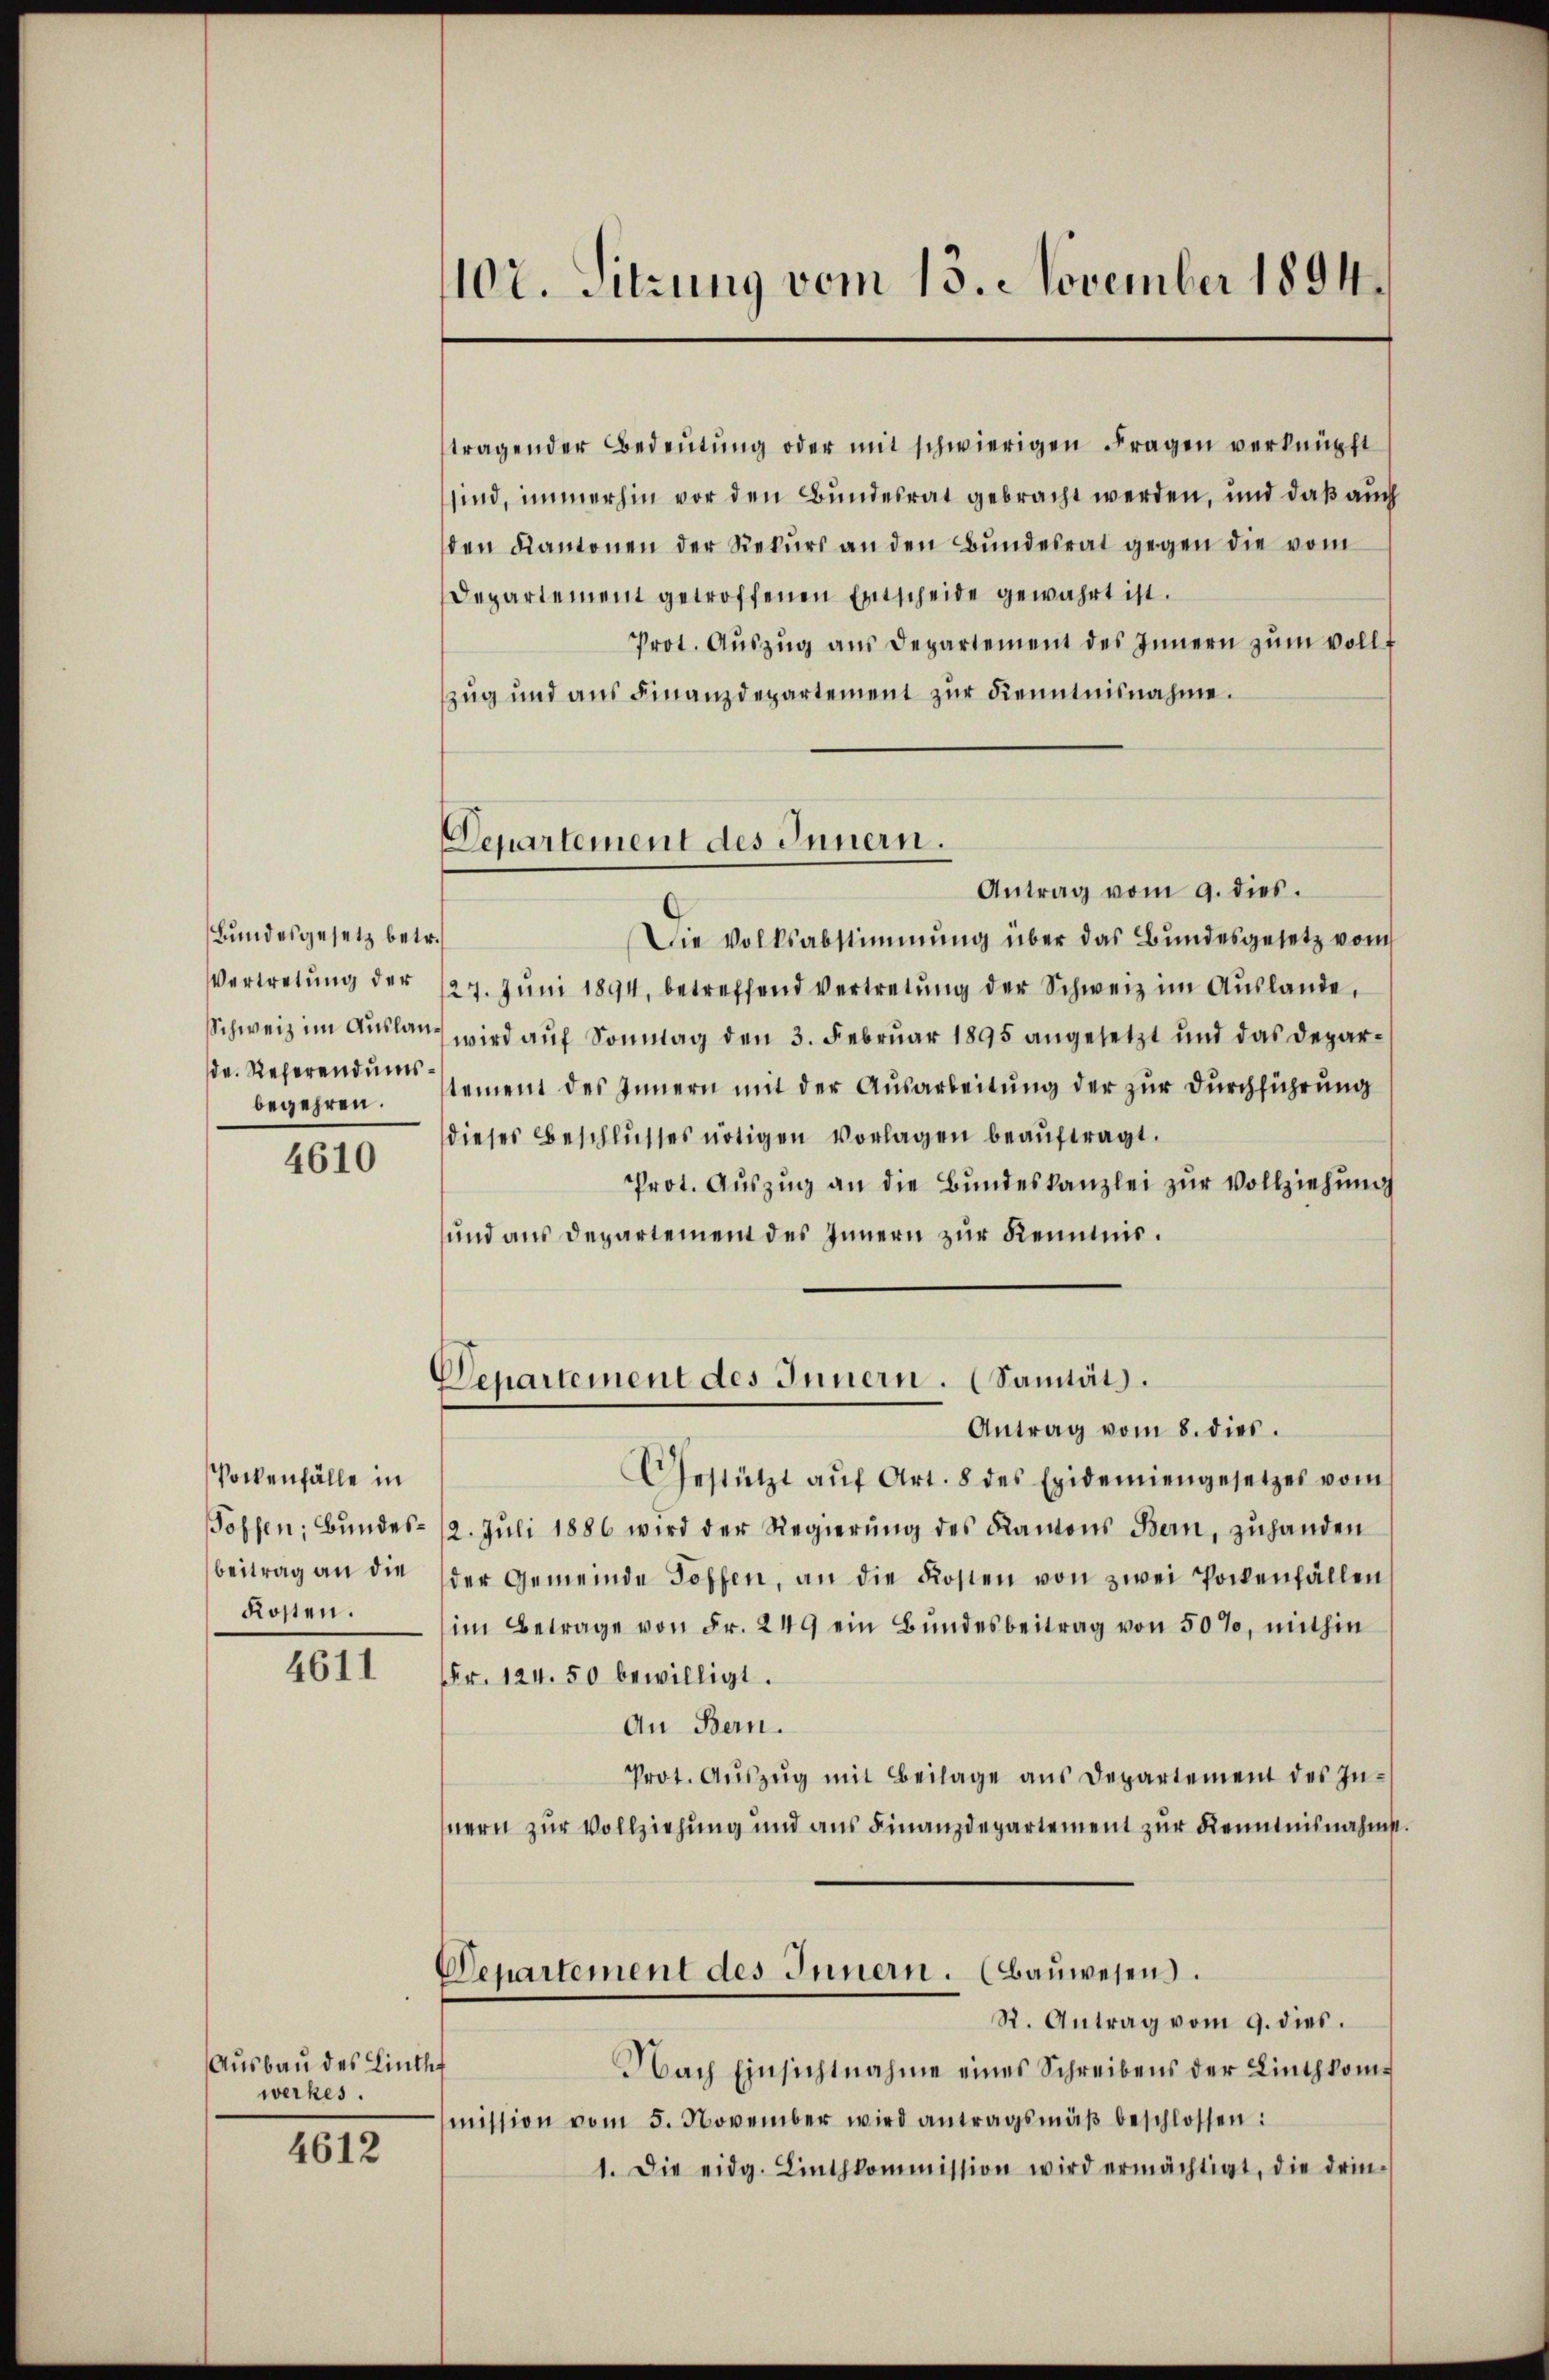
Bundesgesetz betr
Vertretung der
Schweiz im Auslag
de. Referendums
begehren.

4610

Pockenfälle in
Possen; Bundesbeitrag an die
Kosten.

4611

Ausbau des Linthf
werkes.

4612

107. Sitzung vom 13. November 1894.

Departement des Innern.

tragender Bedeutung oder mit schwierigen Fragen verknüpft
sind, immerhin vor den Bundesrat gebracht werden, und daß auch
den Kantonen der Rekurs an den Bundesrat gegen die vom
Departement getroffenen Entscheide gewahrt ist.
Prot. Aŭszŭg aŭs Departement des Innern zŭm vollzug und aus Finanzdepartement zur Kenntnisnahme.
Antrag vom 9. dies.
Die Volksabstimmung über das Bundesgesetz vom
27. Jŭni 1894, betreffend vertretŭng der Schweiz im Auslande,
) wird auf Sonntag den 3. Februar 1895 angesetzt und das Departement des Innern mit der Ausarbeitung der zur Durchführung
dieses Beschlŭsses nötigen Vorlagen beaŭftragt.
Prot. Aŭszŭg an die Bundeskanzlei zur Vollziehung
und aus Departement des Innern zur Kenntnis.
Departement des Innern. (Sanität.
Antrag vom 8. dies.
Gestützt aŭf Art. 8 des Epidemiengesetzes vom
12. Jŭli 1886 wird der Regierŭng des Kantons Bern, zŭhanden
der Gemeinde Toffen, an die Kosten von zwei Pockenfällen
im Betrage von Fr. 249 ein Bŭndesbeitrag von 50%, mithin
Fr. 124. 50 bewilligt.
An Bern.
Prot. Aŭszŭg mit Beilage ans Departement des In-
nern zur Vollziehung und aus Finanzdepartement zur Kenntnisnahme.
Departement des Innern. (Bauwesens.
R. Antrag vom 9. dies.
Nach Einsichtnahme eines Schreibens der Linthkommission vom 5. November wird antragsmäβ beschlossen:
1. Die eidg. Linthkommission wird ermächtigt, die drin-